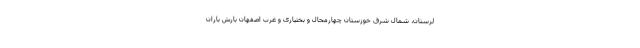
لرستان، شمال شرق خوزستان چهارمحال و بختیاری و غرب اصفهان بارش باران